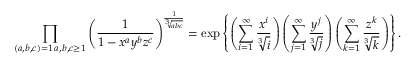
\prod _ { \substack { ( a , b , c ) = 1 \, a , b , c \geq 1 } } \left( \frac { 1 } { 1 - x ^ { a } y ^ { b } z ^ { c } } \right) ^ { \frac { 1 } { \sqrt [ 3 ] { a b c } } } = \exp \left\{ \left( \sum _ { i = 1 } ^ { \infty } \frac { x ^ { i } } { \sqrt [ 3 ] { i } } \right) \left( \sum _ { j = 1 } ^ { \infty } \frac { y ^ { j } } { \sqrt [ 3 ] { j } } \right) \left( \sum _ { k = 1 } ^ { \infty } \frac { z ^ { k } } { \sqrt [ 3 ] { k } } \right) \right\} .